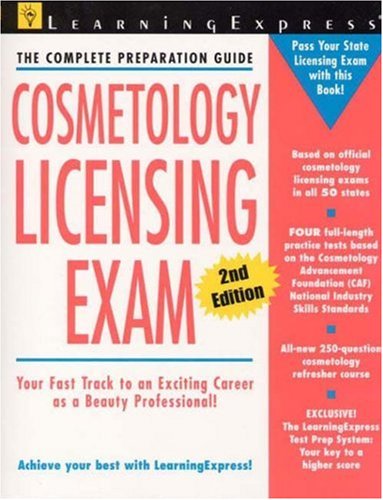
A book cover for Cosmetology Licensing Exam, Second Edition; Learning Express; Health, Fitness & Dieting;